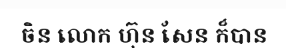
ចិន លោក ហ៊ុន សែន ក៏បាន